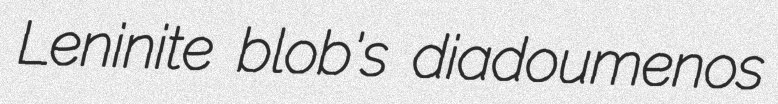
Leninite blob's diadoumenos